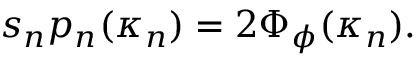
\begin{array} { r } { s _ { n } p _ { n } ( \boldsymbol { \kappa } _ { n } ) = 2 \Phi _ { \phi } ( \boldsymbol { \kappa } _ { n } ) . } \end{array}